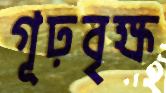
গূঢ়বৃক্ষ